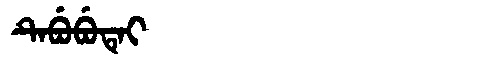
Manchu: ᡨᡝᠪᡠᠪᡠᡨᡝᡳ
Romanization: TEBUBUTEI